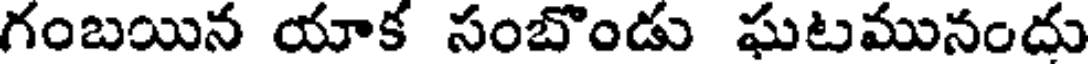
గంబయిన యాక సంబొండు ఘటమునందు